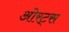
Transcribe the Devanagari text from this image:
ओरट्स